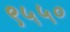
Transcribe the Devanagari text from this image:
९५५०